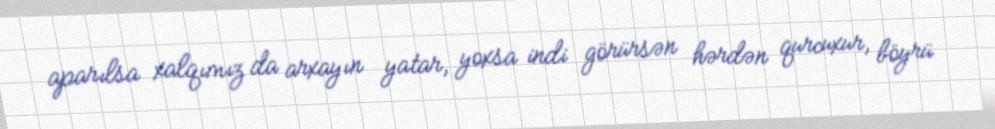
aparılsa xalqımız da arxayın yatar, yoxsa indi görürsən hərdən qurcuxur, böyrü